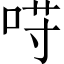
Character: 𱒰